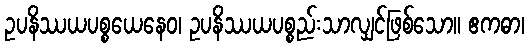
ဥပနိဿယပစ္စယေနေဝ၊ ဥပနိဿယပစ္စည်းသာလျှင်ဖြစ်သော။ ဧကဓာ၊